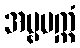
အမ္ဗပက္ကံ